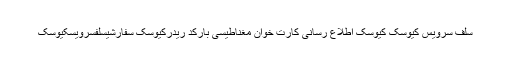
سلف سرویس کیوسک کیوسک اطلاع رسانی کارت خوان مغناطیسی بارکد ریدرکیوسک سفارشیسلفسرویسکیوسک